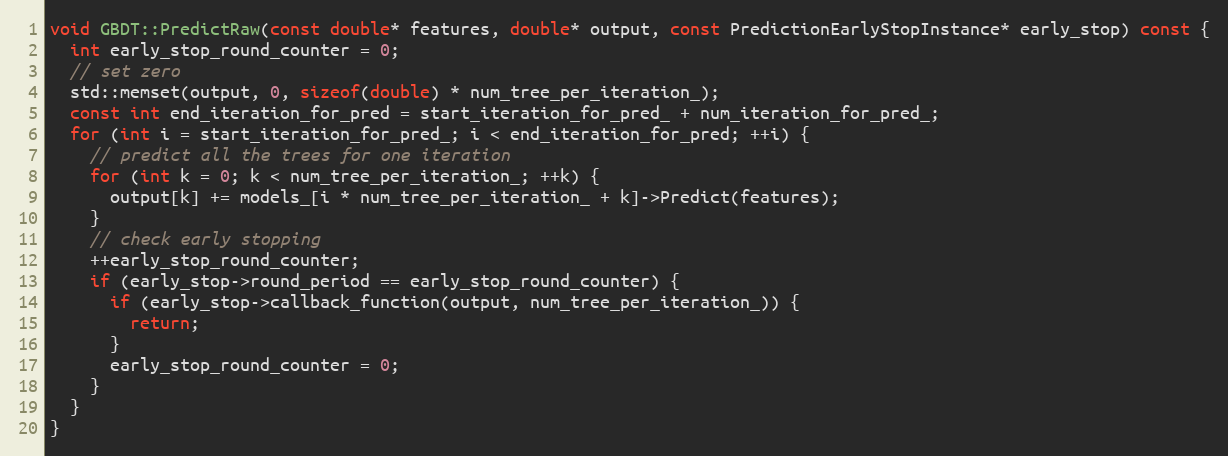
Language: C++
void GBDT::PredictRaw(const double* features, double* output, const PredictionEarlyStopInstance* early_stop) const {
  int early_stop_round_counter = 0;
  // set zero
  std::memset(output, 0, sizeof(double) * num_tree_per_iteration_);
  const int end_iteration_for_pred = start_iteration_for_pred_ + num_iteration_for_pred_;
  for (int i = start_iteration_for_pred_; i < end_iteration_for_pred; ++i) {
    // predict all the trees for one iteration
    for (int k = 0; k < num_tree_per_iteration_; ++k) {
      output[k] += models_[i * num_tree_per_iteration_ + k]->Predict(features);
    }
    // check early stopping
    ++early_stop_round_counter;
    if (early_stop->round_period == early_stop_round_counter) {
      if (early_stop->callback_function(output, num_tree_per_iteration_)) {
        return;
      }
      early_stop_round_counter = 0;
    }
  }
}